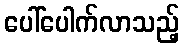
ပေါ်ပေါက်လာသည့်